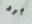
برد